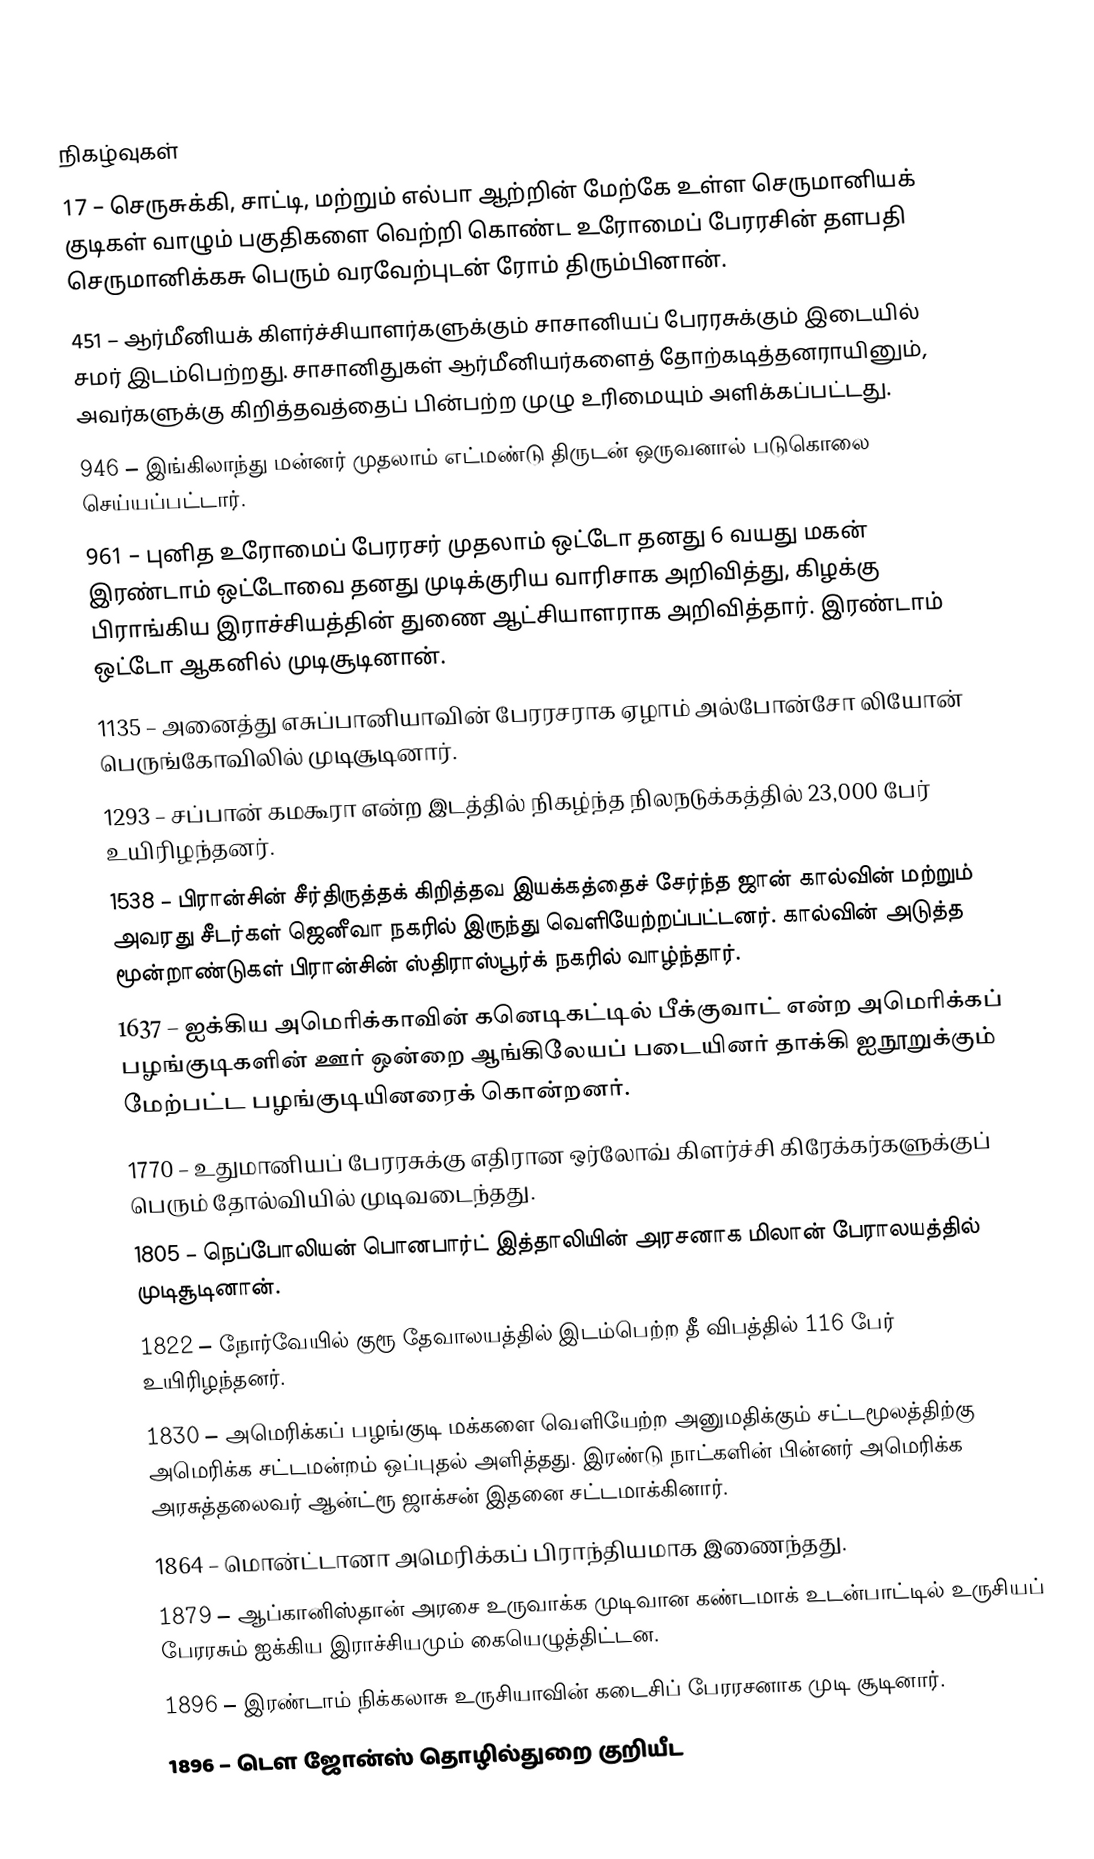

நிகழ்வுகள்
 17 – செருசுக்கி, சாட்டி, மற்றும் எல்பா ஆற்றின் மேற்கே உள்ள செருமானியக் குடிகள் வாழும் பகுதிகளை வெற்றி கொண்ட உரோமைப் பேரரசின் தளபதி செருமானிக்கசு பெரும் வரவேற்புடன் ரோம் திரும்பினான்.
451 – ஆர்மீனியக் கிளர்ச்சியாளர்களுக்கும் சாசானியப் பேரரசுக்கும் இடையில் சமர் இடம்பெற்றது. சாசானிதுகள் ஆர்மீனியர்களைத் தோற்கடித்தனராயினும், அவர்களுக்கு கிறித்தவத்தைப் பின்பற்ற முழு உரிமையும் அளிக்கப்பட்டது.
946 – இங்கிலாந்து மன்னர் முதலாம் எட்மண்டு திருடன் ஒருவனால் படுகொலை செய்யப்பட்டார்.
961 – புனித உரோமைப் பேரரசர் முதலாம் ஒட்டோ தனது 6 வயது மகன் இரண்டாம் ஒட்டோவை தனது முடிக்குரிய வாரிசாக அறிவித்து, கிழக்கு பிராங்கிய இராச்சியத்தின் துணை ஆட்சியாளராக அறிவித்தார். இரண்டாம் ஒட்டோ ஆகனில் முடிசூடினான்.
1135 – அனைத்து எசுப்பானியாவின் பேரரசராக ஏழாம் அல்போன்சோ லியோன் பெருங்கோவிலில் முடிசூடினார்.
1293 – சப்பான் கமகூரா என்ற இடத்தில் நிகழ்ந்த நிலநடுக்கத்தில் 23,000 பேர் உயிரிழந்தனர்.
1538 – பிரான்சின் சீர்திருத்தக் கிறித்தவ இயக்கத்தைச் சேர்ந்த  ஜான் கால்வின் மற்றும் அவரது சீடர்கள் ஜெனீவா நகரில் இருந்து வெளியேற்றப்பட்டனர். கால்வின் அடுத்த மூன்றாண்டுகள் பிரான்சின் ஸ்திராஸ்பூர்க் நகரில் வாழ்ந்தார்.
1637 – ஐக்கிய அமெரிக்காவின் கனெடிகட்டில் பீக்குவாட் என்ற அமெரிக்கப் பழங்குடிகளின் ஊர் ஒன்றை ஆங்கிலேயப் படையினர் தாக்கி ஐநூறுக்கும் மேற்பட்ட பழங்குடியினரைக் கொன்றனர்.
1770 – உதுமானியப் பேரரசுக்கு எதிரான ஒர்லோவ் கிளர்ச்சி கிரேக்கர்களுக்குப் பெரும் தோல்வியில் முடிவடைந்தது.
1805 – நெப்போலியன் பொனபார்ட் இத்தாலியின் அரசனாக மிலான் பேராலயத்தில் முடிசூடினான்.
1822 – நோர்வேயில் குரூ தேவாலயத்தில் இடம்பெற்ற தீ விபத்தில் 116 பேர் உயிரிழந்தனர்.
1830 – அமெரிக்கப் பழங்குடி மக்களை வெளியேற்ற அனுமதிக்கும் சட்டமூலத்திற்கு அமெரிக்க சட்டமன்றம் ஒப்புதல் அளித்தது. இரண்டு நாட்களின் பின்னர் அமெரிக்க அரசுத்தலைவர் ஆன்ட்ரூ ஜாக்சன் இதனை சட்டமாக்கினார்.
1864 – மொன்ட்டானா அமெரிக்கப் பிராந்தியமாக இணைந்தது.
1879 – ஆப்கானிஸ்தான் அரசை உருவாக்க முடிவான கண்டமாக் உடன்பாட்டில் உருசியப் பேரரசும் ஐக்கிய இராச்சியமும் கையெழுத்திட்டன.
1896 – இரண்டாம் நிக்கலாசு உருசியாவின் கடைசிப் பேரரசனாக முடி சூடினார்.
1896 – டௌ ஜோன்ஸ் தொழில்துறை குறியீட